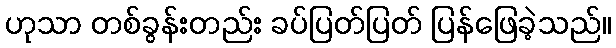
ဟုသာ တစ်ခွန်းတည်း ခပ်ပြတ်ပြတ် ပြန်ဖြေခဲ့သည်။